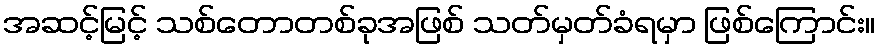
အဆင့်မြင့် သစ်တောတစ်ခုအဖြစ် သတ်မှတ်ခံရမှာ ဖြစ်ကြောင်း။